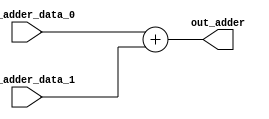
module adder #(parameter W = 32)
	(
	input [W-1:0] inp_adder_data_0,
	input [W-1:0] inp_adder_data_1,
	output reg [W-1:0] out_adder
	);

	always @(*)
		begin
			out_adder = inp_adder_data_0 + inp_adder_data_1;		
		end
endmodule